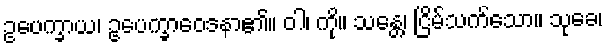
ဥပေက္ခာယ၊ ဥပေက္ခာဝေဒနာ၏။ ဝါ၊ ကို။ သန္တေ၊ ငြိမ်သက်သော။ သုခေ၊